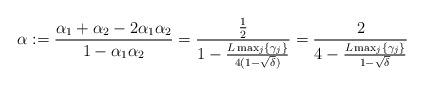
LaTeX: \begin{align*}\alpha := \frac{\alpha_1 + \alpha_2 - 2\alpha_1 \alpha_2}{ 1 - \alpha_1 \alpha_2} = \frac{\frac{1}{2}}{ 1 - \frac{L\max_j\{\gamma_j\}}{4(1-\sqrt{\delta})}} = \frac{2}{4 - \frac{L\max_j\{\gamma_j\}}{1-\sqrt{\delta}} }\end{align*}